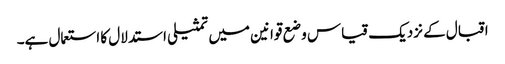
اقبال کے نزدیک قیاس وضع قوانین میں تمثیلی استدلال کا استعمال ہے۔